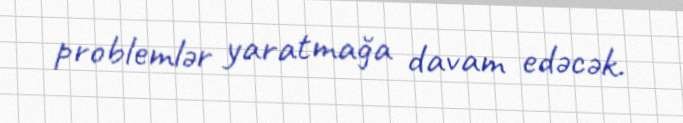
problemlər yaratmağa davam edəcək.